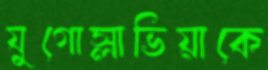
যুগোস্লাভিয়াকে